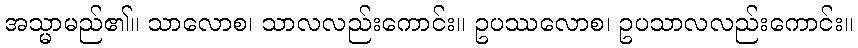
အသ္မာမည်၏။ သာလောစ၊ သာလလည်းကောင်း။ ဥပဿလောစ၊ ဥပသာလလည်းကောင်း။